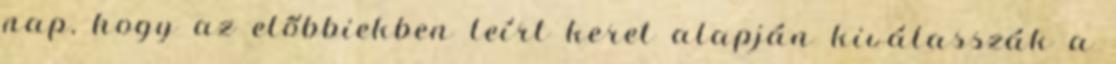
nap, hogy az előbbiekben leírt keret alapján kiválasszák a